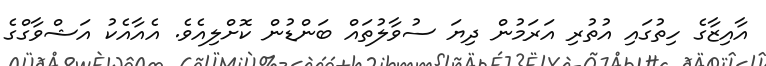
އާއިޒާގެ ހިތުގައި އުތުރި އަރަމުން ދިޔަ ސުވާލުތައް ބަންޑުން ކޮށްލިއެވެ. އެއާއެކު އަޝްވާގްގެ